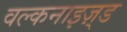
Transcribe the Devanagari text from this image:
वल्कनाइज़्ड